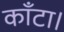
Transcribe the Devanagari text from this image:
काँटा।